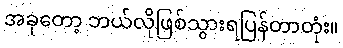
အခုတော့ ဘယ်လိုဖြစ်သွားရပြန်တာတုံး။